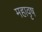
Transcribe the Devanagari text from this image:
महावृष